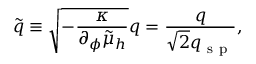
\tilde { q } \equiv \sqrt { - \frac { \kappa } { \partial _ { \phi } \tilde { \mu } _ { h } } } q = \frac { q } { \sqrt { 2 } q _ { \mathrm { ~ s ~ p ~ } } } ,